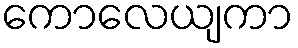
ကောလေယျကာ